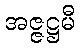
အဇ္ဇဋ္ဌမီ